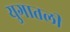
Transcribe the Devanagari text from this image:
युगातली